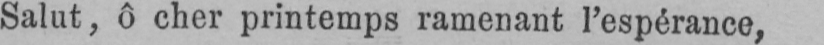
Salut, ô cher printemps ramenant l’espérance,